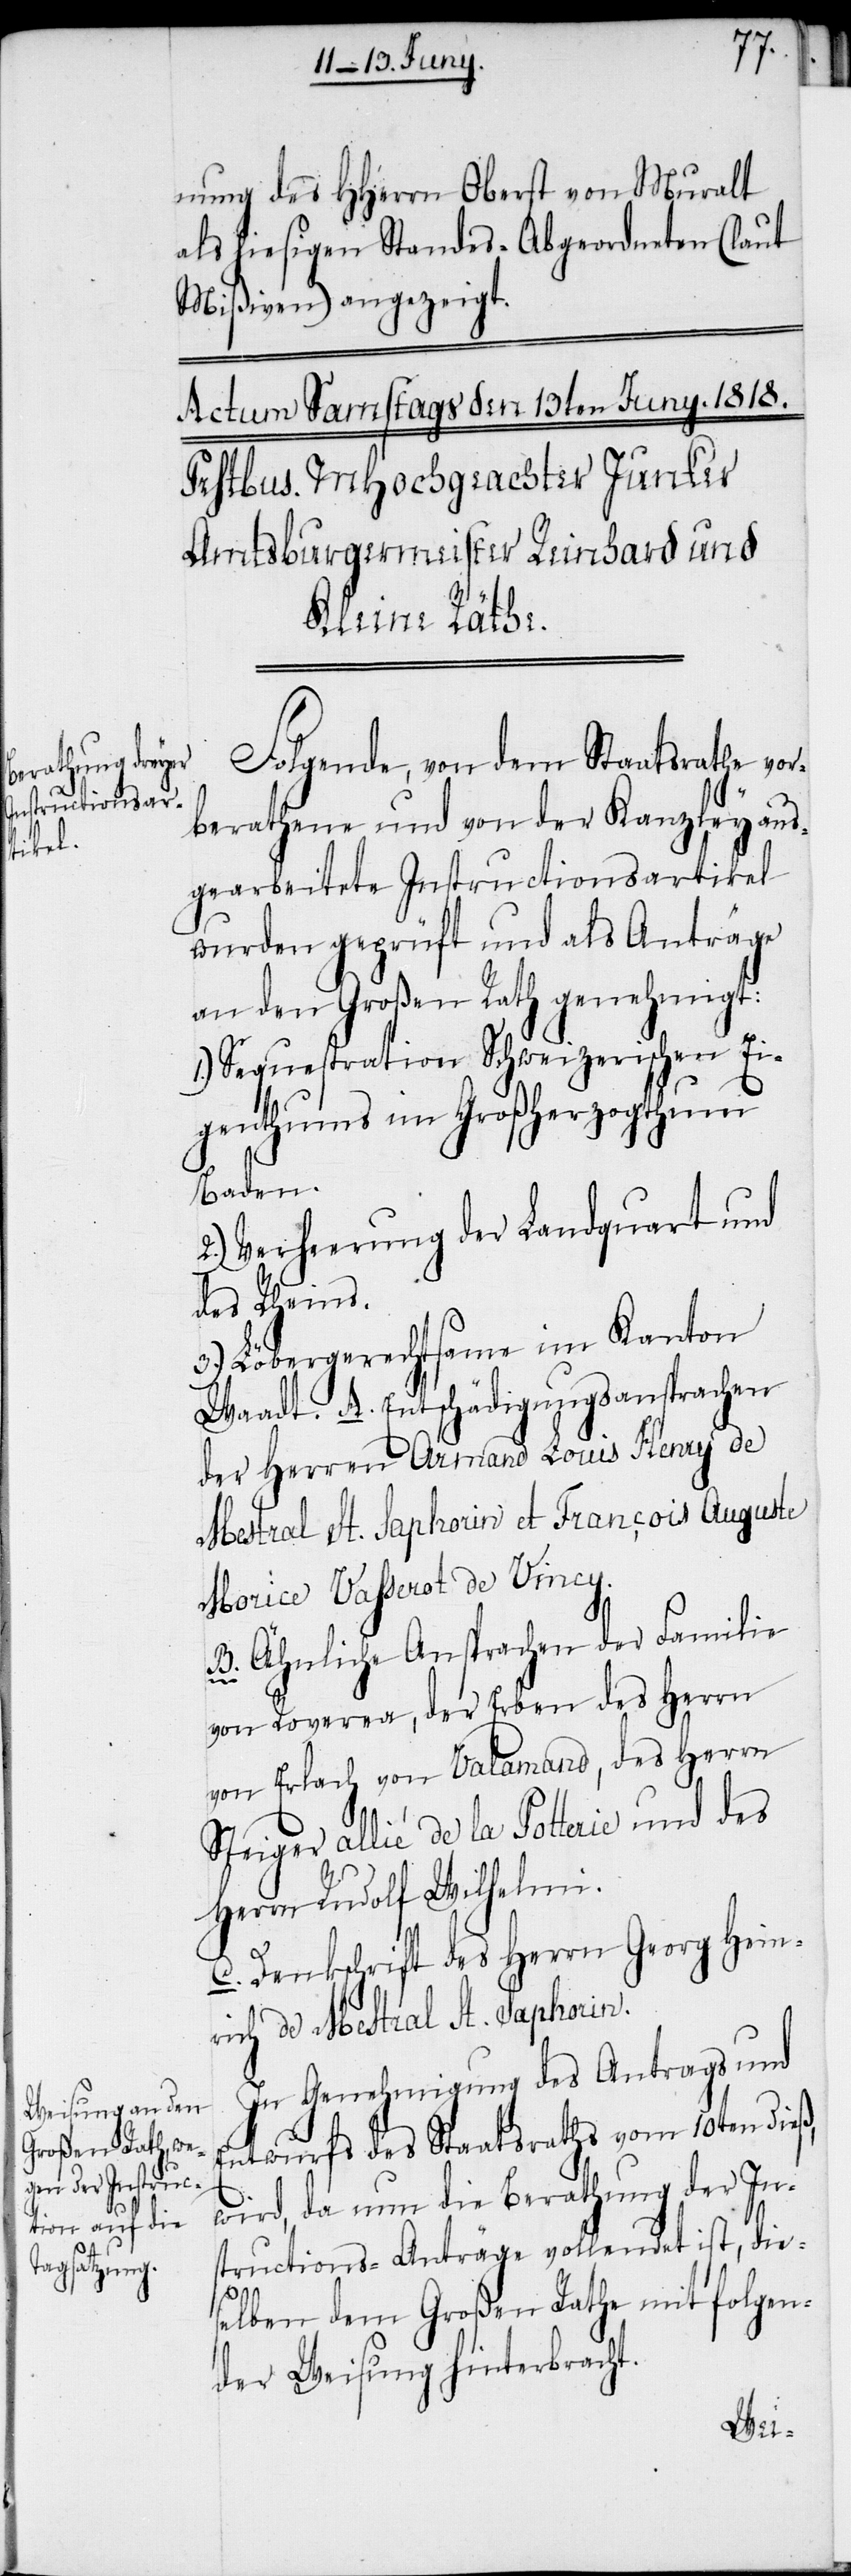
nung des HHerrn Oberst von Muralt
als hiesigen Standes-Abgeordneten (laut
Mißiven) angezeigt.
Folgende, von dem Staatsrathe vor¬
berathene und von der Kanzley aus¬
gearbeitete Instructionsartikel
wurden geprüft und als Anträge
an den Großen Rath genehmigt:
Sequestration Schweizerischen Ei¬
genthums im Großherzogthum
Baden.
2.) Verheerung der Landquart und
des Rheins.
3.) Löbergerechtsame im Kanton
Waadt. A. Entschädigungsansprachen
der Herren Armand Louis Henry de
Mestral St. Saphorin et François Auguste
Morice Vahserot de Vincy.
B. Ähnliche Ansprachen der Familie
von Roverea, der Erben des Herrn
von Erlach von Valamand, des Herrn
Steiger allié de la Potterie und des
Herrn Rudolf Wilhelmi.
C. Denkschrift des Herrn Georg Hein¬
rich de Mestral St. Saphorin.
In Genehmigung des Antrags und
Entwurfs des Staatsraths vom 10ten dieß,
wird, da nun die Berathung der In¬
structions-Anträge vollendet ist, die¬
selben dem Großen Rathe mit folgen¬
der Weisung hinterbracht.